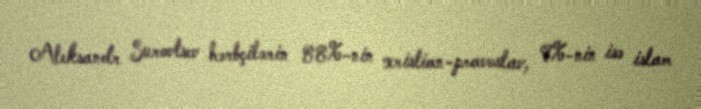
Aleksandr Surovtsev hərbçilərin 88%-nin xristian-pravoslav, 9%-nin isə islam